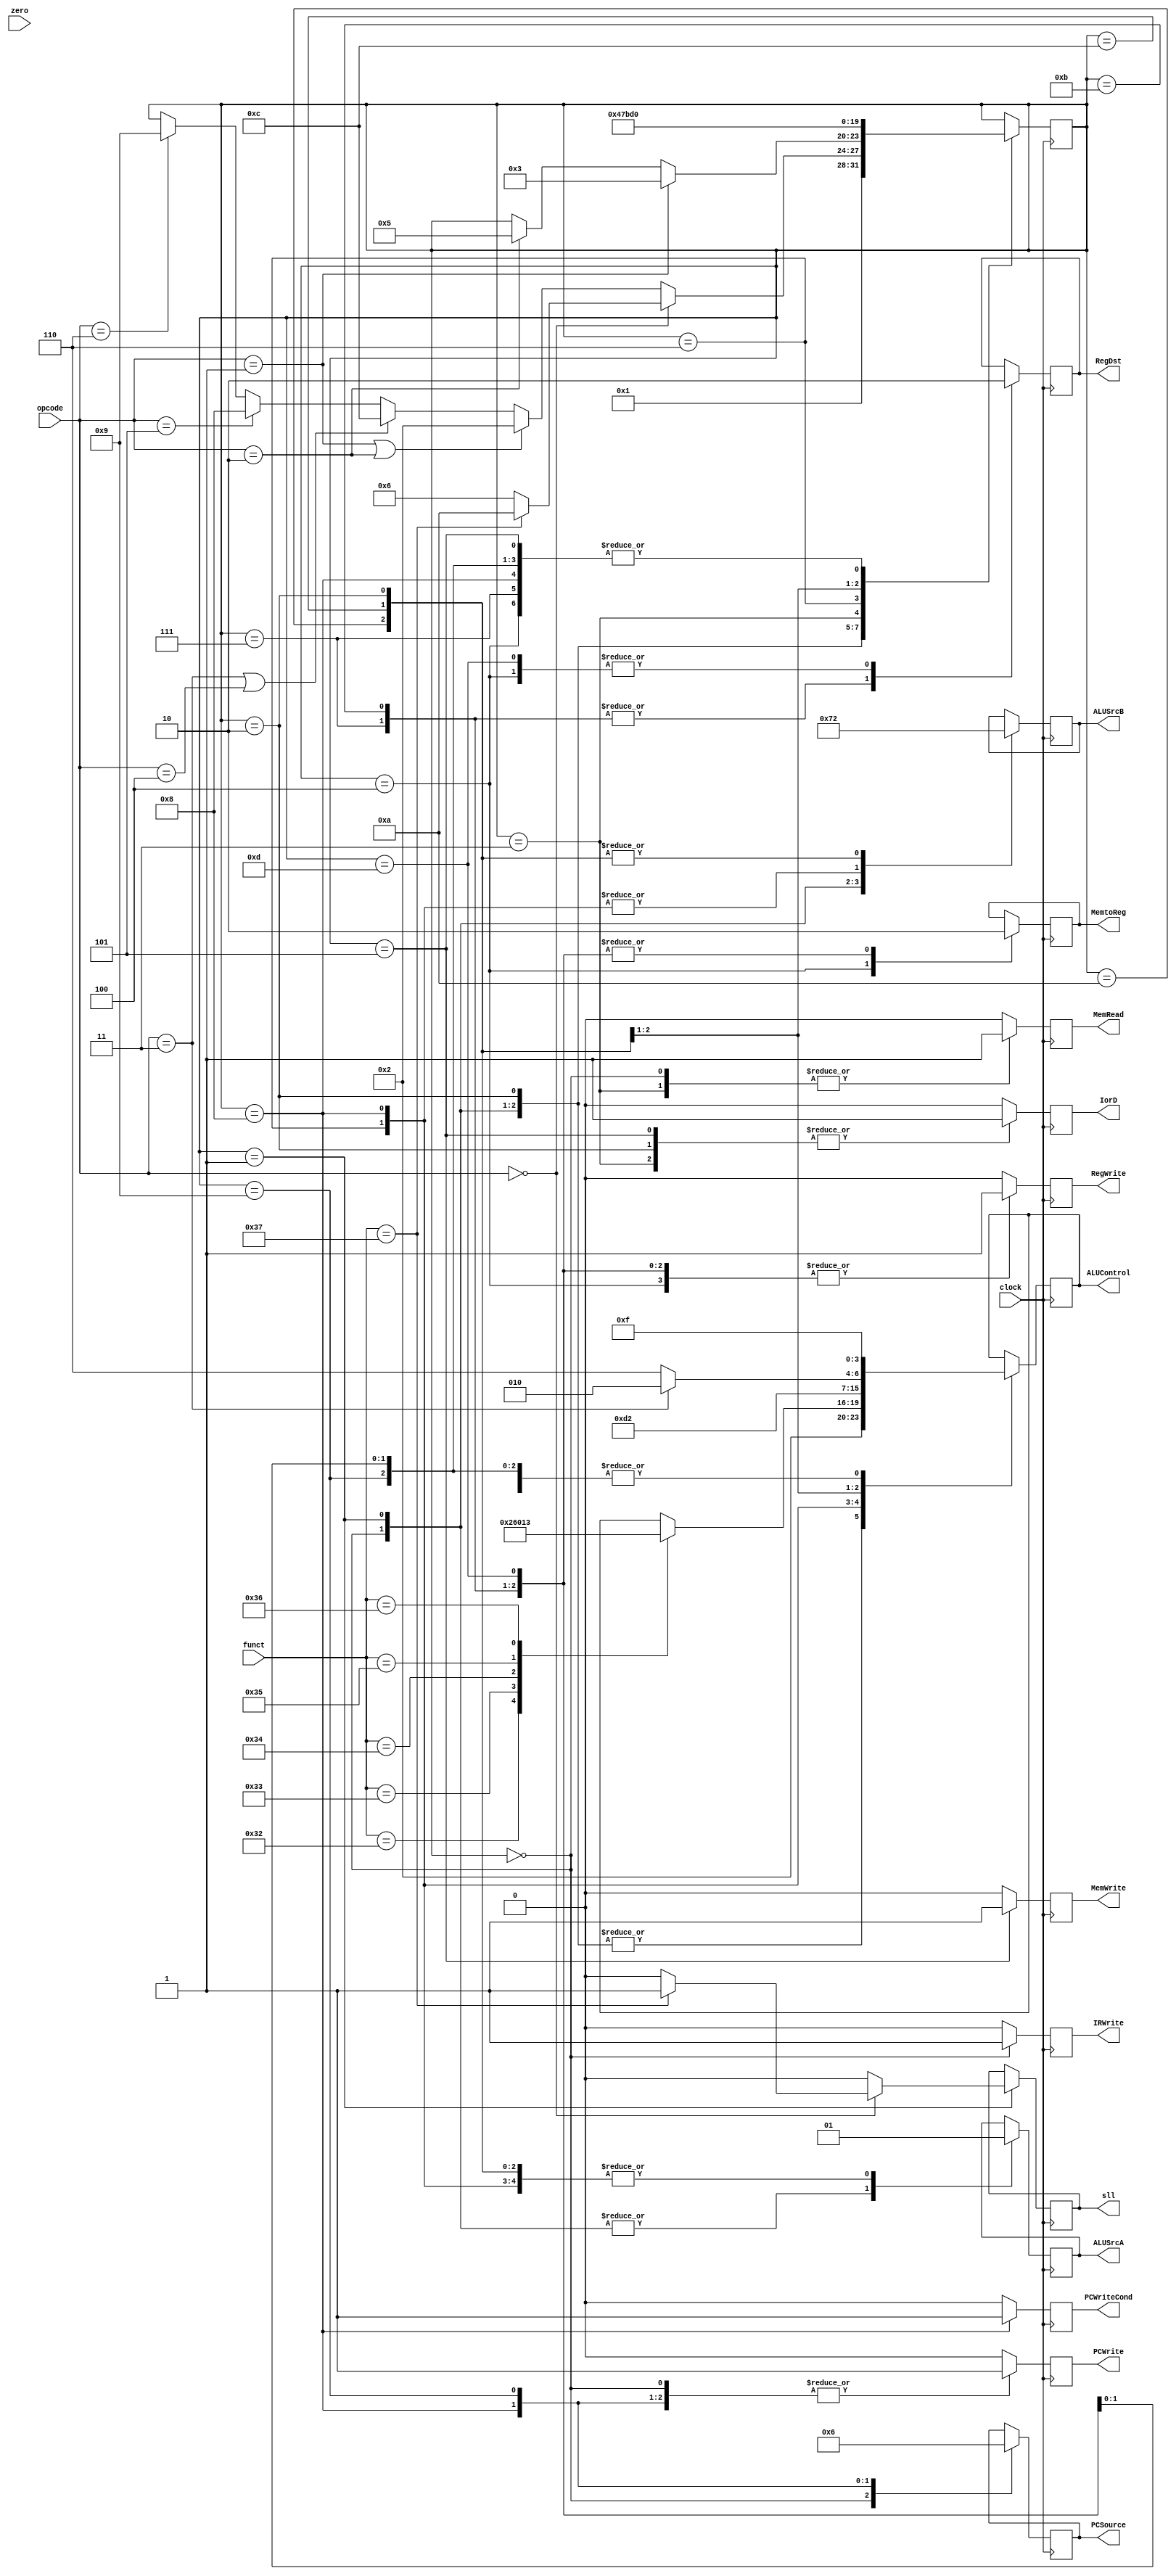
module ControlUnit(PCWriteCond, PCWrite, IorD, MemRead, MemWrite, MemtoReg, IRWrite, PCSource, ALUControl, ALUSrcB, ALUSrcA, RegWrite, RegDst, sll, opcode, funct,zero, clock);
  output reg PCWriteCond, PCWrite, IorD, MemRead, MemWrite, MemtoReg, IRWrite, ALUSrcA, RegWrite, RegDst, sll;
  output reg [1:0] ALUSrcB, PCSource;
  output reg [3:0] ALUControl; 
  input wire [5:0]opcode, funct;
  input wire zero, clock;
  reg [3:0]next_state;


initial
    begin
      PCWriteCond = 1'b0;
      PCWrite = 1'b0;
      IorD = 1'b0;
      MemRead = 1'b0;
      MemWrite = 1'b0;
      MemtoReg = 1'b0;
      IRWrite = 1'b0;
      PCWrite = 1'b0;
      ALUSrcA = 1'b0;
      RegWrite = 1'b0;
      RegWrite = 1'b0;
      RegDst = 1'b0;
      sll = 1'b0;
      next_state = 4'h0; 
      ALUSrcB = 2'b00;
      PCSource = 2'b00;
      ALUControl = 4'b1111;
      
    end
    
    
    
    always @(posedge clock)
      begin
        IRWrite = 1'b0;
        MemRead = 1'b0;
        MemWrite <= 1'b0;
        RegWrite = 1'b0;
        PCWriteCond <= 1'b0;
        PCWrite = 1'b0;
        IorD <= 1'b0;
        case({next_state})
          4'h0:begin
                  MemRead <= 1'b1;
                  ALUSrcA <= 1'b0;
                  IorD <= 1'b0;
                  IRWrite <= 1'b1;
                  ALUSrcB <= 2'b01;
                  ALUControl <= 4'b0010;
                  PCWrite <= 1'b1;
                  PCSource <= 2'b00;
                  next_state <=4'h1;
                end
          4'h1:begin
                  ALUSrcA <= 1'b0;
                  ALUSrcB <= 2'b11;
                  ALUControl <= 4'b0010;
                  sll <= 1'b0;
                  if(opcode == 6'b000000)
                    begin
                      if(funct == 6'h37)
                        begin
                          sll <= 1'b1;
                          next_state <= 4'hA;
                        end
                      else
                        begin
                          next_state <= 4'h6;
                        end
                    end
                  else if((opcode == 6'h01)||(opcode == 6'h02))
                      next_state <= 4'h2;  
                  else if((opcode == 6'h3)||(opcode == 6'h4))
                      next_state <= 4'hC;
                  else if(opcode == 6'h5)
                      next_state <= 4'h8;
                  else if(opcode == 6'h6)
                      next_state <= 4'h9;
                end       
          4'h2:begin
                  ALUSrcA <= 1'b1;
                  ALUSrcB <= 2'b10;
                  ALUControl <= 4'b0010;
                  IorD <= 1'b1;
                  if(opcode == 6'h01)
                    next_state <= 4'h3;
                  else if(opcode == 6'h02)
                    next_state <= 4'h5;                
                end
          4'h3:begin
                  MemRead <= 1'b1;
                  IorD <= 1'b1;
                  ALUControl <= 4'b1111;
                  next_state <= 4'h4;
                end
          4'h4:begin
                  RegWrite <= 1'b1;
                  MemtoReg <= 1'b1;
                  RegDst <= 1'b0;
                  next_state <= 4'h0;
                end
          4'h5:begin
                  MemWrite <= 1'b1;
                  IorD <= 1'b1;
                  next_state <= 4'h0;
                end
          4'h6:
                begin
                  ALUSrcA <= 1'b1;
                  ALUSrcB <= 2'b00;
                  case(funct)
                      6'h32: ALUControl <= 4'b0010;
                      6'h33: ALUControl <= 4'b0110;
                      6'h34: ALUControl <= 4'b0000;
                      6'h35: ALUControl <= 4'b0001;
                      6'h36: ALUControl <= 4'b0011;
                  endcase
                  next_state <= 4'h7;
               end
          4'h7:begin
                  RegDst <= 1'b1;
                  RegWrite <= 1'b1;
                  MemtoReg <= 1'b0;
                  ALUControl <= 4'b1111;
                  next_state <= 4'h0;
                end
          4'h8:begin
                  ALUSrcA <= 1'b1;
                  ALUSrcB <= 2'b00;
                  PCWriteCond <= 1'b1;
                  PCSource <= 2'b01;
                  PCWrite <= 1'b1;
                  ALUControl <= 4'b0110;
                  next_state <= 4'h0; 
                end
          4'h9:begin
                  PCWrite <= 1'b1;
                  PCSource <= 2'b10;
                  ALUControl <= 4'b1111;
                  next_state <= 4'h0;
                end
          4'hA:begin
                  ALUSrcA <= 1'b1;
                  ALUSrcB <= 2'b10;
                  ALUControl <= 4'b1001;
                  next_state <= 4'hB; 
                end
          4'hB:begin
                  RegDst  <= 1'b1;
                  RegWrite <= 1'b1;
                  MemtoReg <= 1'b0;
                  ALUControl <= 4'b1111;
                  next_state <= 4'h0;
                end
          4'hC:begin
                   ALUSrcA <= 1'b1;
                   ALUSrcB <= 2'b10;
                   if(opcode == 6'h3)
                     ALUControl <= 4'b0010; 
                   else
                     ALUControl <= 4'b0110; 
                   next_state <= 4'hD;
                end
          4'hD:begin
                  RegDst <= 1'b0;
                  RegWrite <= 1'b1;
                  MemtoReg <= 1'b0;
                  ALUControl <= 4'b1111;
                  next_state <= 0;
                end
          endcase
      end
    
    
 endmodule